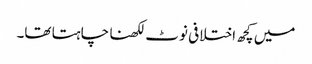
میں کچھ اختلافی نوٹ لکھنا چاہتا تھا۔